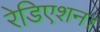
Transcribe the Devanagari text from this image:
रेडिएशन।